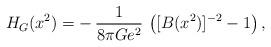
LaTeX: \begin{align*}H_G(x^2) = -\,{1\over 8\pi G e^2}\,\left([B(x^2)]^{-2} - 1\right),\end{align*}